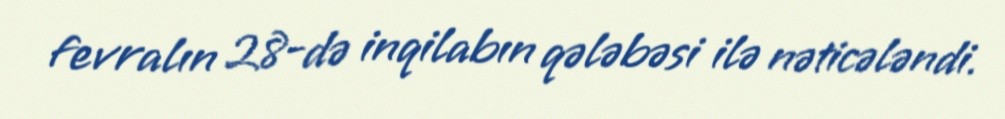
fevralın 28-də inqilabın qələbəsi ilə nəticələndi.